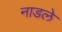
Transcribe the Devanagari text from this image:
नाडले